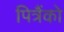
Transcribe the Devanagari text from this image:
पित्रैंको